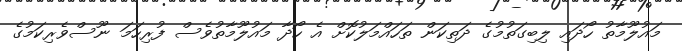
މައުލޫމާތު ހޯދައި ލިބިގަތުމުގެ ދަތިކަން ތަހައްމަލުކޮށް އެ ހޯދާ މައުލޫމާތުވެސް ފުރިހަމަ ނޫސްވެރިކަމުގެ